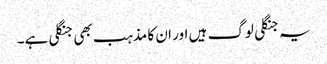
یہ جنگلی لوگ ہیں اور ان کا مذہب بھی جنگلی ہے۔